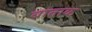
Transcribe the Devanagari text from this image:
बाताक